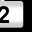
Digit: 2